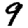
Digit: 9